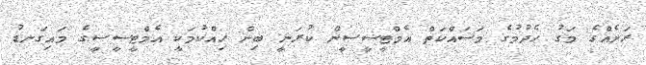
ރަށެއްގެ މަގު ހެދުމުގެ މަަސައްކަތް އެމްޓީސީސީން ކުރަނީ ބިން ހިއްކުމަކީ އެމްޓީސީސީގެ މައިގަނޑު